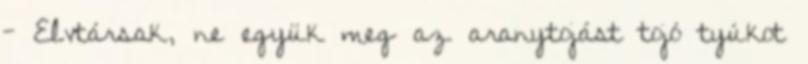
- Elvtársak, ne együk meg az aranytojást tojó tyúkot